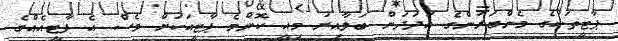
ޕާޓީތަކުގެ މެންބަރުންގެ އަދަދަށް ބަލާއިރު މިއީ ކޮންމެ ޕާޓީއަކަށް ވެސް އެ ޕާޓީއެއްގެ